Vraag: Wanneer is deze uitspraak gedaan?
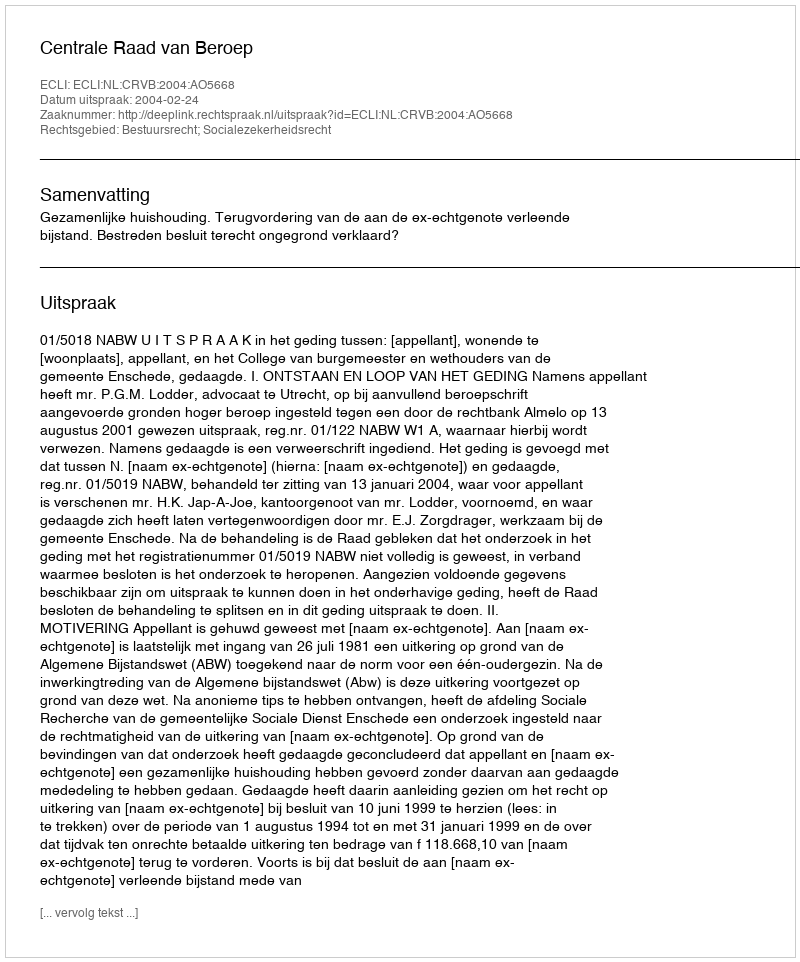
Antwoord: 2004-02-24